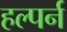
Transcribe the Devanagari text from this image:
हल्पर्न